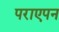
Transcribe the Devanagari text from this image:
पराएपन